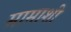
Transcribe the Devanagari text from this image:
मामाशी